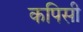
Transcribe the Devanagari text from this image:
कपिसी